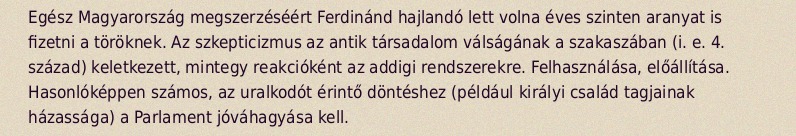
Egész Magyarország megszerzéséért Ferdinánd hajlandó lett volna éves szinten aranyat is fizetni a töröknek. Az szkepticizmus az antik társadalom válságának a szakaszában (i. e. 4. század) keletkezett, mintegy reakcióként az addigi rendszerekre. Felhasználása, előállítása. Hasonlóképpen számos, az uralkodót érintő döntéshez (például királyi család tagjainak házassága) a Parlament jóváhagyása kell.